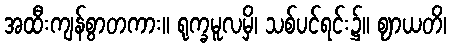
အထီးကျန်စွာတကား။ ရုက္ခမူလမှိ၊ သစ်ပင်ရင်း၌။ ဈာယတိ၊